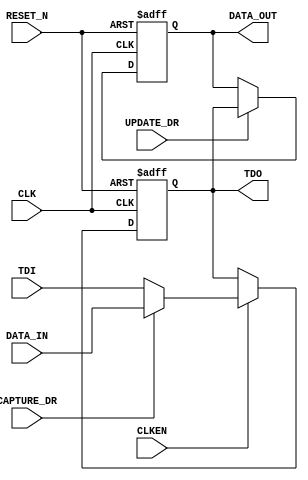
/*-- ---------------------------------------------------------------------------
--
-- Name : TYPEA.v
--
-- Description:
--
--    This is one of the two types of cells that are used to create ER1/ER2
--    register bits.
--
-- $Log: typea.vhd,v $
-- Revision 1.2  2002-11-13 18:33:59-08  jhsin
-- The SHIFT_DR_CAPTURE_DR and ENABLE_ER1/2 signals of the
-- dedicate logic JTAG_PORT didn't act as what their names implied.
-- The SHIFT_DR_CAPTURE_DR actually acts as SHIFT_DR.
-- The ENABLE_ER1/2 actually acts as SHIFT_DR_CAPTURE_DR.
-- These had caused a lot of headaches for a long time and now they are
-- fixed by:
-- (1) Use SHIFT_DR_CAPTURE_DR and ENABLE_ER1/2 to create
--     CAPTURE_DR for all typeA, typeB bits in the ER1, ER2 registers.
-- (2) Use ENABLE_ER1 or the enESR, enCSR, enBAR (these 3 signals
--     have the same waveform of ENABLE_ER2) directly to be the CLKEN
--     of all typeA, typeB bits in the ER1, ER2 registers.
-- (3) Modify typea.vhd to use only UPDATE_DR signal for the clock enable
--     of the holding flip-flop.
-- These changes caused ispTracy.vhd and cge.dat changes and the new
-- CGE.exe version will be 1.3.5.
--
-- Revision 1.1  2002-05-01 18:13:51-07  jhsin
-- Added RCS version control header to file. No code changes.
--
-- $Header: \\\\\\\\hqfile2\\\\ipcores\\\\rcs\\\\hqfile2\\\\ipcores\\\\rcswork\\\\isptracy\\\\VHDL\\\\Implementation\\\\typea.vhd,v 1.2 2002-11-13 18:33:59-08 jhsin Exp $
--
-- Copyright (C) 2002 Lattice Semiconductor Corp.  All rights reserved.
--
-- ---------------------------------------------------------------------------*/

module TYPEA(
      input CLK,
      input RESET_N,
      input CLKEN,
      input TDI,
      output TDO,
      output reg DATA_OUT,
      input DATA_IN,
      input CAPTURE_DR,
      input UPDATE_DR
   );
  
  reg tdoInt;


  always @ (negedge CLK or negedge RESET_N)
  begin
      if (RESET_N == 1'b0)
         tdoInt <= 1'b0;
      else if (CLK == 1'b0)
         if (CLKEN == 1'b1)
            if (CAPTURE_DR == 1'b0)
               tdoInt <= TDI;
            else
               tdoInt <= DATA_IN;
  end

   assign TDO = tdoInt;

  always @ (negedge CLK or negedge RESET_N)
   begin
      if (RESET_N == 1'b0)
         DATA_OUT <= 1'b0;
      else if (CLK == 1'b0)
         if (UPDATE_DR == 1'b1)
            DATA_OUT <= tdoInt;
   end
endmodule